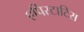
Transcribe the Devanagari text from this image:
एपिस्टाटिस